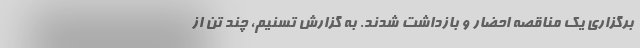
برگزاری یک مناقصه احضار و بازداشت شدند. به گزارش تسنیم، چند تن از